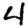
Digit: 4